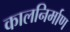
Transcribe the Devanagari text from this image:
कालनिर्माण